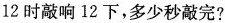
12时敲响12下，多少秒敲完?